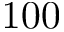
1 0 0